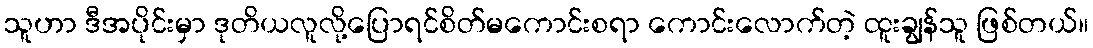
သူဟာ ဒီအပိုင်းမှာ ဒုတိယလူလို့ပြောရင်စိတ်မကောင်းစရာ ကောင်းလောက်တဲ့ ထူးချွန်သူ ဖြစ်တယ်။